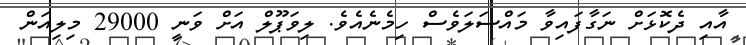
އާއި ދެކޮޅަށް ނަގާފައިވާ މައްސަލަވެސް ހިމެނެއެވެ. ލިވަޕޫލް އަށް ވަނީ 29000 މިލިއަން